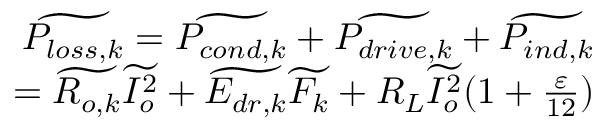
\begin{array} { r } { \widetilde { P _ { l o s s , k } } = \widetilde { P _ { c o n d , k } } + \widetilde { P _ { d r i v e , k } } + \widetilde { P _ { i n d , k } } } \\ { = \widetilde { R _ { o , k } } \widetilde { I _ { o } ^ { 2 } } + \widetilde { E _ { d r , k } } \widetilde { F _ { k } } + R _ { L } \widetilde { I _ { o } ^ { 2 } } ( 1 + \frac { \varepsilon } { 1 2 } ) } \end{array}